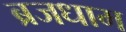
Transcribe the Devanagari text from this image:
ब्रजधाम